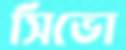
সিভো